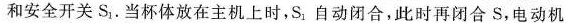
和安全开关S_{1}。当杯体放在主机上时，S_{1}自动闭合，此时再闭合S，电动机